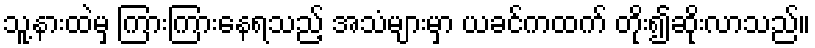
သူ့နားထဲမှ ကြားကြားနေရသည့် အသံများမှာ ယခင်ကထက် တိုး၍ဆိုးလာသည်။